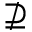
\nsupseteq